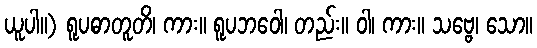
ယူပါ။) ရူပဓာတူတိ၊ ကား။ ရူပဘဝေါ၊ တည်း။ ဝါ၊ ကား။ သဗ္ဗေ၊ သော။